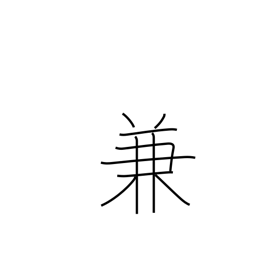
Meaning: beforehand